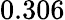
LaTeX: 0.306